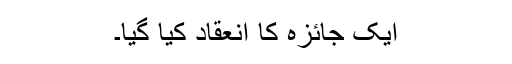
ایک جائزہ کا انعقاد کیا گیا۔